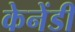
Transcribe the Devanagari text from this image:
केनेंडी